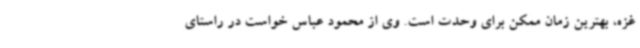
غزه، بهترین زمان ممکن برای وحدت است. وی از محمود عباس خواست در راستای